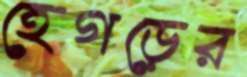
হেগড়ের